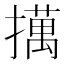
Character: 𢶯